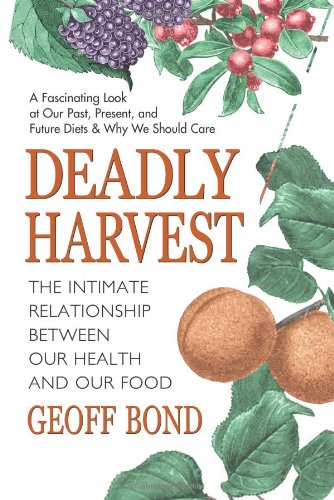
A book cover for Deadly Harvest: The Intimate Relationship Between Our Health and Our Food; Geoff Bond; Medical Books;